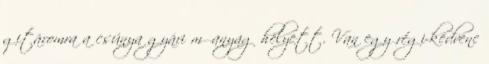
gitáromra a csúnya gyári műanyag helyett. Van egy régi-kedvenc